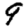
Digit: 9